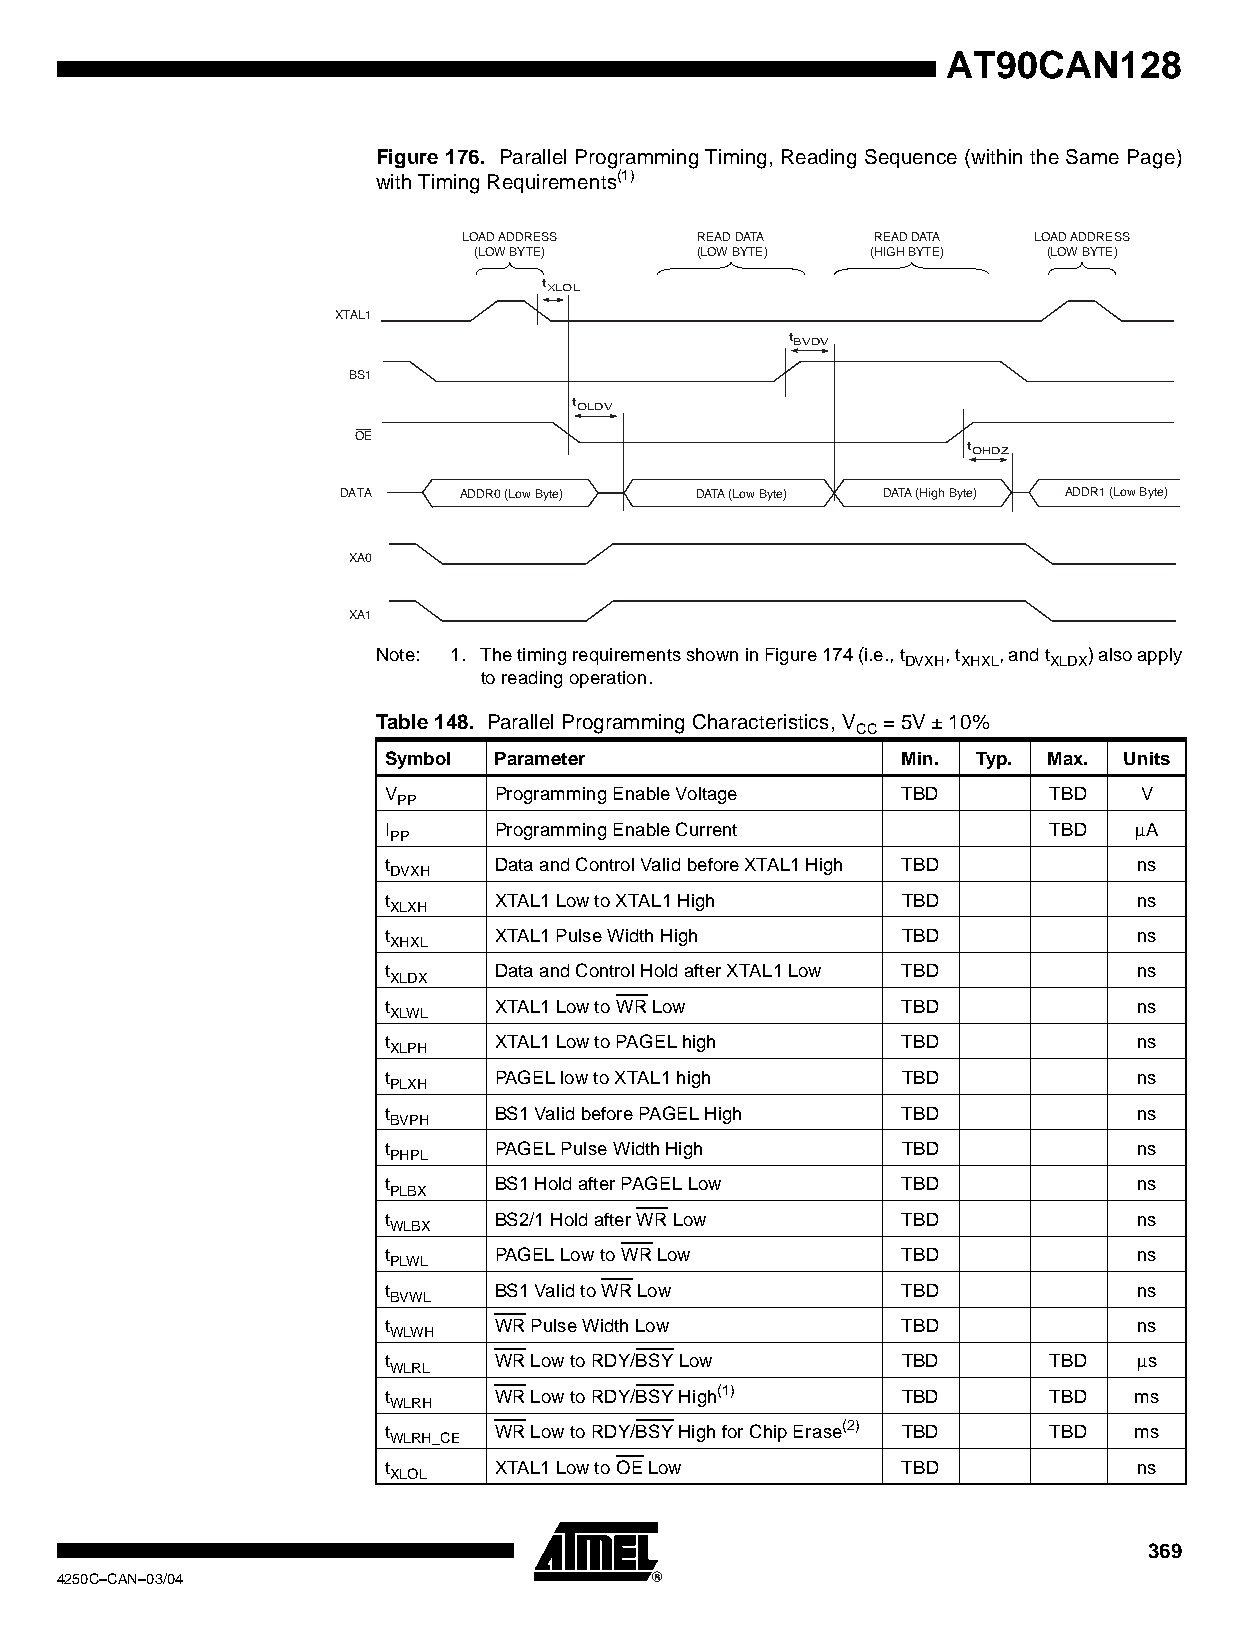
AT90CAN128
 Figure 176. Parallel Programming Timing, Reading Sequence (within the Same Page)
 with Timing Requirements(1)
 LOAD ADDRESS   READ DATA   READ DATA LOAD ADDRESS
 (LOW BYTE)     (LOW BYTE)  (HIGH BYTE) (LOW BYTE)
 tXLOL
 XTAL1
 tBVDV
 BS1
 tOLDV
 OE
 tOHDZ
 DATA    ADDR0 (Low Byte) DATA (Low Byte) DATA (High Byte) ADDR1 (Low Byte)
 XA0
 XA1
 Note: 1. The timing requirements shown in Figure 174 (i.e., t , t , and t ) also apply
 DVXH XHXL XLDX
 to reading operation.
 Table 148. Parallel Programming Characteristics, V = 5V ± 10%
 CC
 Symbol  Parameter                  Min. Typ. Max. Units
 V       Programming Enable Voltage TBD       TBD   V
 PP
 I       Programming Enable Current           TBD  µA
 PP
 t       Data and Control Valid before XTAL1 High TBD ns
 DVXH
 t       XTAL1 Low to XTAL1 High    TBD            ns
 XLXH
 t       XTAL1 Pulse Width High     TBD            ns
 XHXL
 t       Data and Control Hold after XTAL1 Low TBD ns
 XLDX
 t       XTAL1 Low to WR Low        TBD            ns
 XLWL
 t       XTAL1 Low to PAGEL high    TBD            ns
 XLPH
 t       PAGEL low to XTAL1 high    TBD            ns
 PLXH
 t       BS1 Valid before PAGEL High TBD           ns
 BVPH
 t       PAGEL Pulse Width High     TBD            ns
 PHPL
 t       BS1 Hold after PAGEL Low   TBD            ns
 PLBX
 t       BS2/1 Hold after WR Low    TBD            ns
 WLBX
 t       PAGEL Low to WR Low        TBD            ns
 PLWL
 t       BS1 Valid to WR Low        TBD            ns
 BVWL
 t       WR Pulse Width Low         TBD            ns
 WLWH
 t       WR Low to RDY/BSY Low      TBD       TBD  µs
 WLRL
 t       WR Low to RDY/BSY High(1)  TBD       TBD  ms
 WLRH
 t       WR Low to RDY/BSY High for Chip Erase(2) TBD TBD ms
 WLRH_CE
 t       XTAL1 Low to OE Low        TBD            ns
 XLOL
 369
 4250C–CAN–03/04